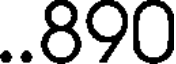
..890